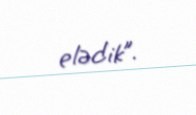
elədik”.